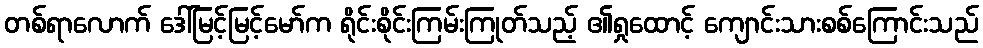
တစ်ရာလောက် ဒေါ်မြင့်မြင့်မော်က ရိုင်းစိုင်းကြမ်းကြုတ်သည့် ၏ရှုထောင့် ကျောင်းသားစစ်ကြောင်းသည်